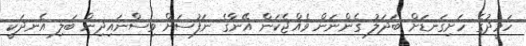
ހަމީދުގެ ހަށިގަނޑަށް ބަދަލު ގެންނަން ވެއްޖެކަން އޭނާގެ ނަފުސަށް ވިސްނައިދިން ބަލި އެނދަކީ